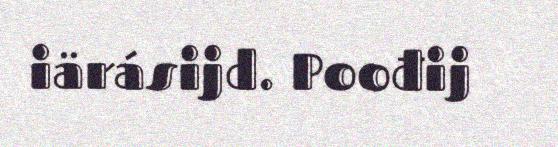
iärásijd. Poođij